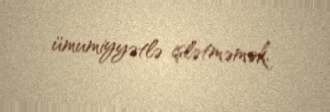
ümumiyyətlə işlətməmək.